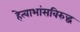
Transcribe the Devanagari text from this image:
हेत्वाभांसविरुद्ध